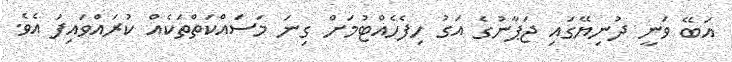
އަބޭ ވަނީ ދުނިޔޭގައި ޖަޕާނުގެ އަގު ހިފެހެއްޓުމަށް ގިނަ މަސައްކަތްތަކެއް ކުރައްވައިފަ އެވެ.